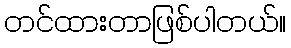
တင်ထားတာဖြစ်ပါတယ်။